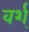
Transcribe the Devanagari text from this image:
वर्श्